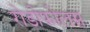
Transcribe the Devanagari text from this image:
रोडोफोलस